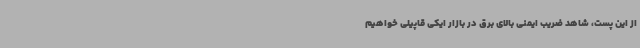
از این پست، شاهد ضریب ایمنی بالای برق در بازار ایکی قاپیلی خواهیم